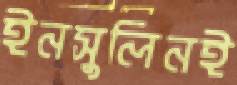
ইনসুলিনই